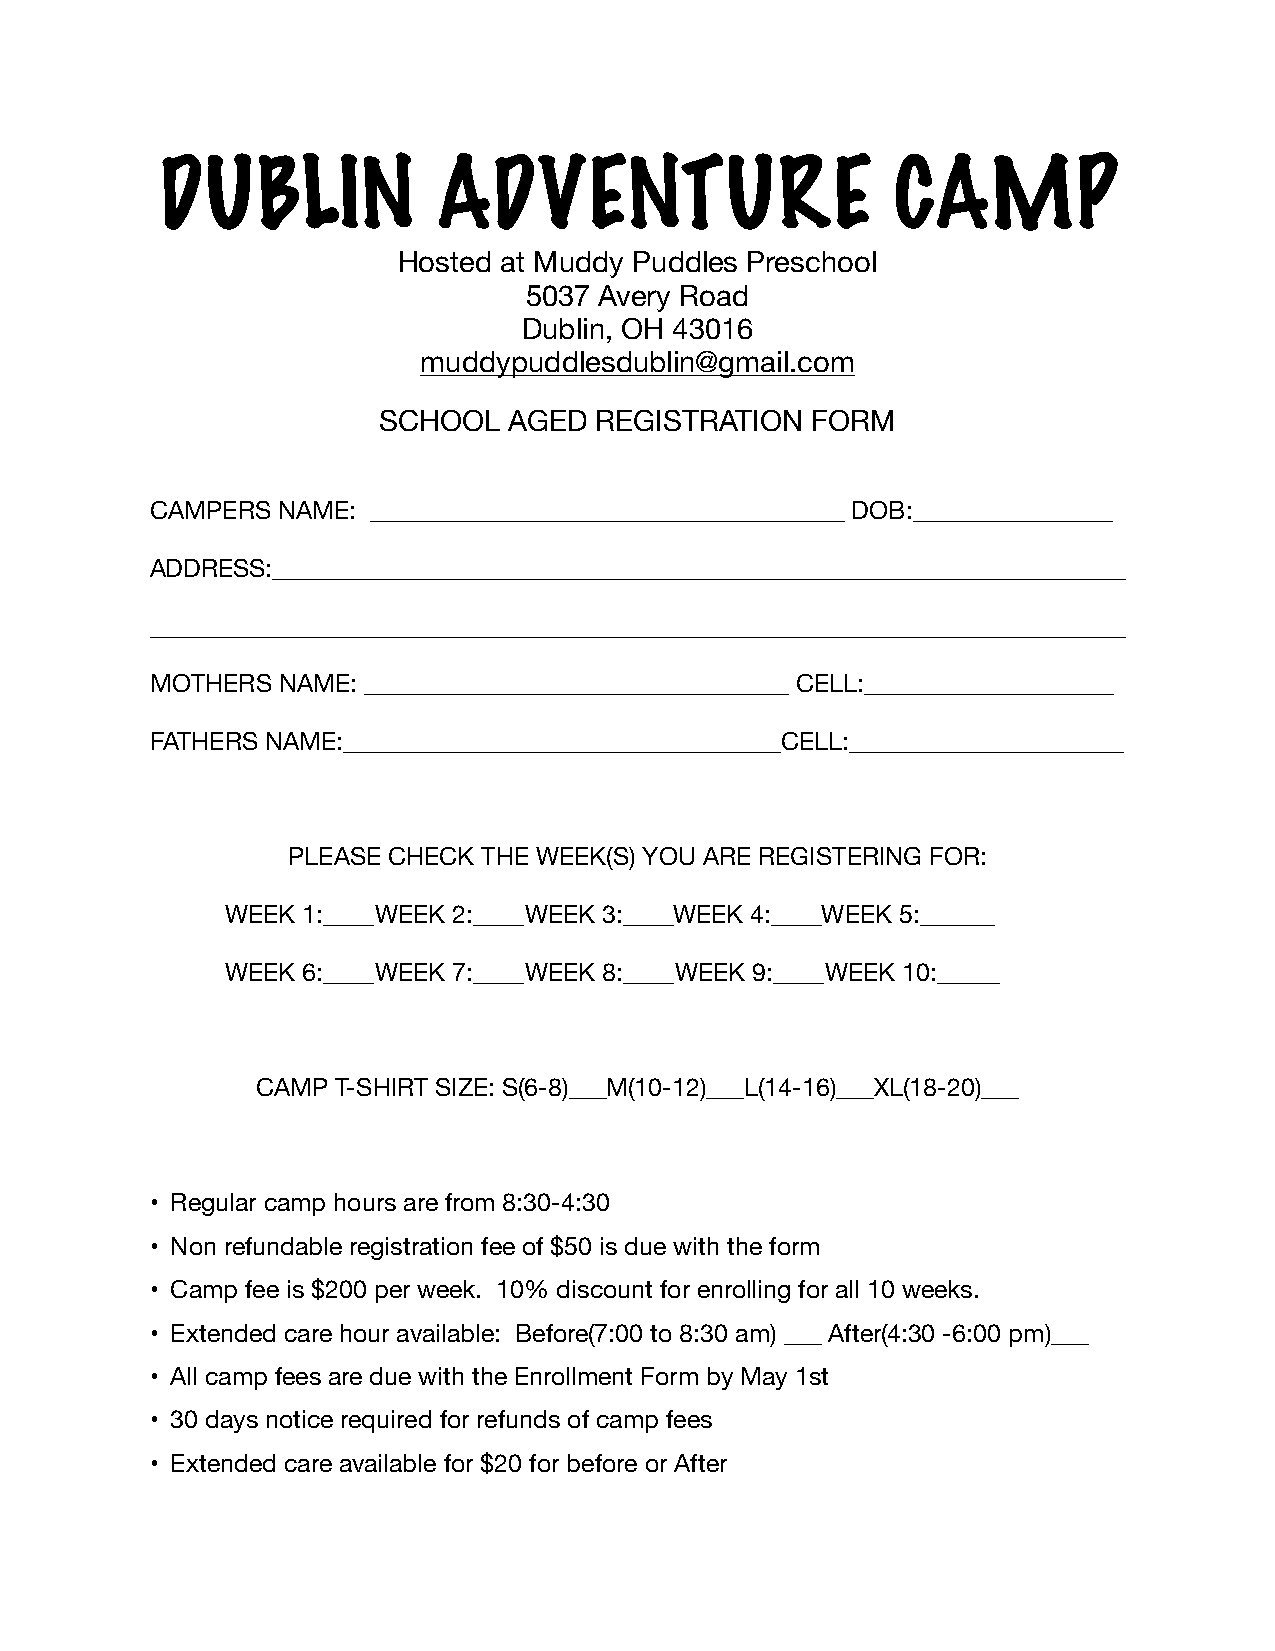
DUBLIN            ADVENTURE                     CAMP
 Hosted at Muddy Puddles Preschool
 5037 Avery Road
 Dublin, OH 43016
 muddypuddlesdublin@gmail.com
 SCHOOL   AGED REGISTRATION   FORM
 CAMPERS NAME: ______________________________________ DOB:________________
 ADDRESS:____________________________________________________________________
 ______________________________________________________________________________
 MOTHERS NAME: __________________________________ CELL:____________________
 FATHERS NAME:___________________________________CELL:______________________
 PLEASE CHECK THE WEEK(S) YOU ARE REGISTERING FOR:
 WEEK 1:____ WEEK 2:____ WEEK 3:____WEEK 4:____WEEK 5:______
 WEEK 6:____ WEEK 7:____ WEEK 8:____ WEEK 9:____ WEEK 10:_____
 CAMP T-SHIRT SIZE: S(6-8)___M(10-12)___L(14-16)___XL(18-20)___
 • Regular camp hours are from 8:30-4:30
 • Non refundable registration fee of $50 is due with the form
 • Camp fee is $200 per week. 10% discount for enrolling for all 10 weeks.
 • Extended care hour available: Before(7:00 to 8:30 am) ___ After(4:30 -6:00 pm)___
 • All camp fees are due with the Enrollment Form by May 1st
 • 30 days notice required for refunds of camp fees
 • Extended care available for $20 for before or After